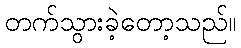
တက်သွားခဲ့တော့သည်။